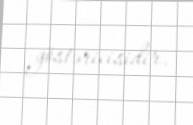
göstəricisidir.